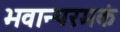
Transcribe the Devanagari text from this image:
भवान्परमकं